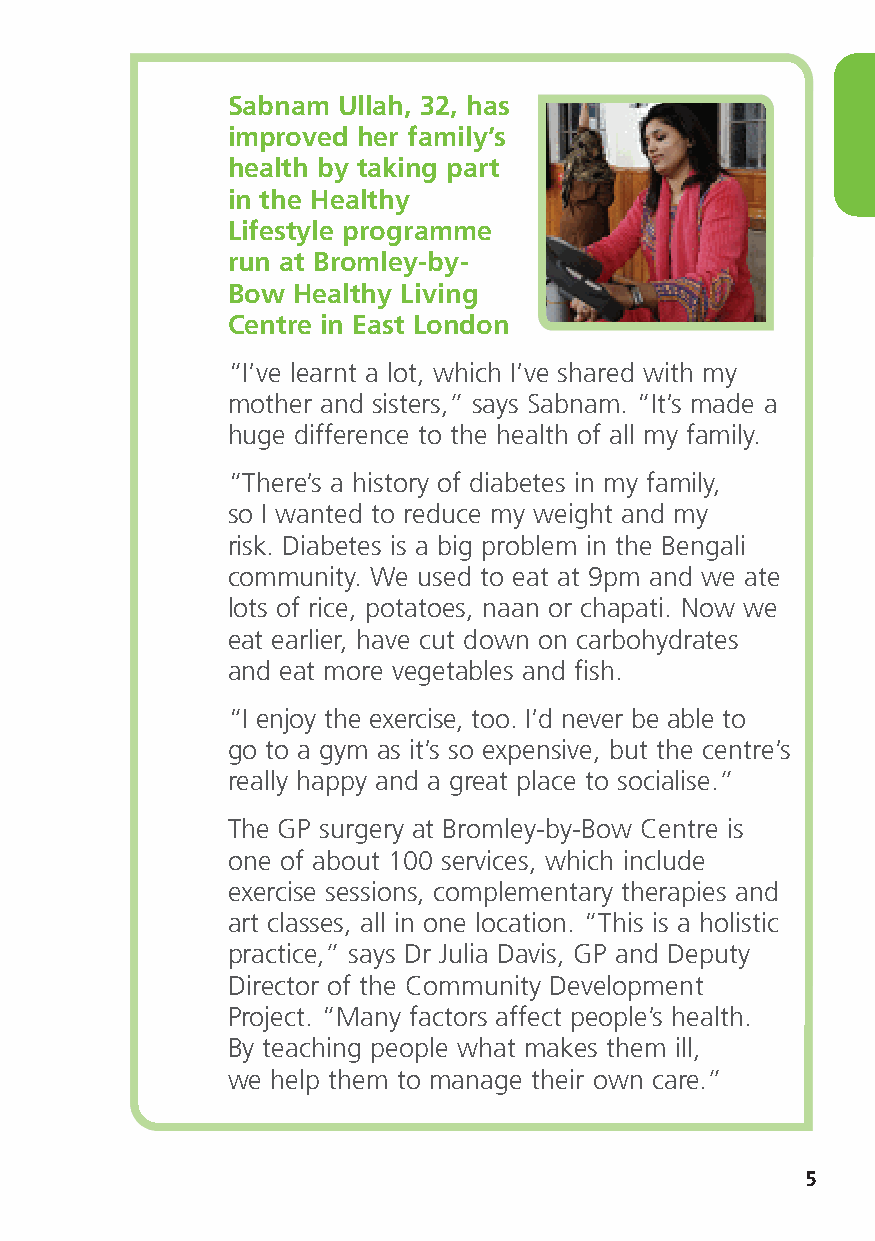
Sabnam Ullah, 32, has
 improved her family’s
 health by taking part
 in the Healthy
 Lifestyle programme
 run at Bromley-by-
 Bow Healthy Living
 Centre in East London
 “I’ve learnt a lot, which I’ve shared with my
 mother and sisters,” says Sabnam. “It’s made a
 huge difference to the health of all my family.
 “There’s a history of diabetes in my family,
 so I wanted to reduce my weight and my
 risk. Diabetes is a big problem in the Bengali
 community. We used to eat at 9pm and we ate
 lots of rice, potatoes, naan or chapati. Now we
 eat earlier, have cut down on carbohydrates
 and eat more vegetables and fish.
 “I enjoy the exercise, too. I’d never be able to
 go to a gym as it’s so expensive, but the centre’s
 really happy and a great place to socialise.”
 The GP surgery at Bromley-by-Bow Centre is
 one of about 100 services, which include
 exercise sessions, complementary therapies and
 art classes, all in one location. “This is a holistic
 practice,” says Dr Julia Davis, GP and Deputy
 Director of the Community Development
 Project. “Many factors affect people’s health.
 By teaching people what makes them ill,
 we help them to manage their own care.”
 5